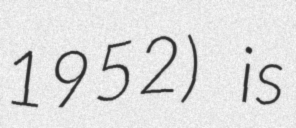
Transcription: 1952) is